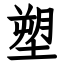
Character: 塑